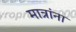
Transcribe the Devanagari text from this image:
मात्रांना